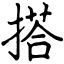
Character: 搭